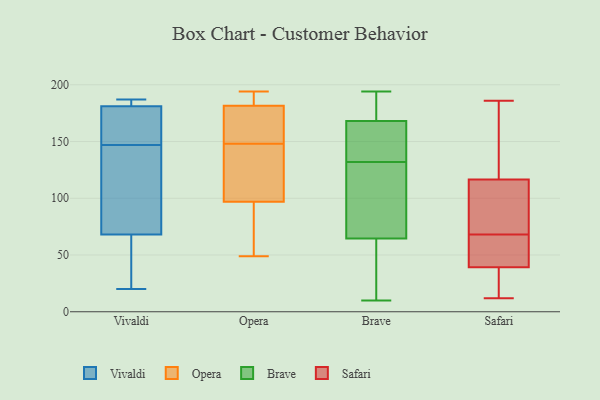
{"axis": {"x": "Bounce Rate (%)", "y": "Value"}, "legend": ["Brave", "Opera", "Safari", "Vivaldi"], "data": [{"x": "", "y": 165, "type": "Vivaldi"}, {"x": "", "y": 184, "type": "Vivaldi"}, {"x": "", "y": 64, "type": "Vivaldi"}, {"x": "", "y": 178, "type": "Vivaldi"}, {"x": "", "y": 48, "type": "Vivaldi"}, {"x": "", "y": 186, "type": "Vivaldi"}, {"x": "", "y": 155, "type": "Vivaldi"}, {"x": "", "y": 84, "type": "Vivaldi"}, {"x": "", "y": 187, "type": "Vivaldi"}, {"x": "", "y": 72, "type": "Vivaldi"}, {"x": "", "y": 20, "type": "Vivaldi"}, {"x": "", "y": 139, "type": "Vivaldi"}, {"x": "", "y": 55, "type": "Opera"}, {"x": "", "y": 161, "type": "Opera"}, {"x": "", "y": 174, "type": "Opera"}, {"x": "", "y": 194, "type": "Opera"}, {"x": "", "y": 166, "type": "Opera"}, {"x": "", "y": 49, "type": "Opera"}, {"x": "", "y": 108, "type": "Opera"}, {"x": "", "y": 129, "type": "Opera"}, {"x": "", "y": 135, "type": "Opera"}, {"x": "", "y": 86, "type": "Opera"}, {"x": "", "y": 170, "type": "Opera"}, {"x": "", "y": 63, "type": "Opera"}, {"x": "", "y": 189, "type": "Opera"}, {"x": "", "y": 189, "type": "Opera"}, {"x": "", "y": 120, "type": "Opera"}, {"x": "", "y": 191, "type": "Opera"}, {"x": "", "y": 168, "type": "Brave"}, {"x": "", "y": 64, "type": "Brave"}, {"x": "", "y": 91, "type": "Brave"}, {"x": "", "y": 66, "type": "Brave"}, {"x": "", "y": 54, "type": "Brave"}, {"x": "", "y": 142, "type": "Brave"}, {"x": "", "y": 132, "type": "Brave"}, {"x": "", "y": 98, "type": "Brave"}, {"x": "", "y": 10, "type": "Brave"}, {"x": "", "y": 190, "type": "Brave"}, {"x": "", "y": 44, "type": "Brave"}, {"x": "", "y": 139, "type": "Brave"}, {"x": "", "y": 194, "type": "Brave"}, {"x": "", "y": 21, "type": "Brave"}, {"x": "", "y": 162, "type": "Brave"}, {"x": "", "y": 173, "type": "Brave"}, {"x": "", "y": 106, "type": "Brave"}, {"x": "", "y": 168, "type": "Brave"}, {"x": "", "y": 188, "type": "Brave"}, {"x": "", "y": 68, "type": "Safari"}, {"x": "", "y": 55, "type": "Safari"}, {"x": "", "y": 178, "type": "Safari"}, {"x": "", "y": 41, "type": "Safari"}, {"x": "", "y": 63, "type": "Safari"}, {"x": "", "y": 12, "type": "Safari"}, {"x": "", "y": 107, "type": "Safari"}, {"x": "", "y": 145, "type": "Safari"}, {"x": "", "y": 186, "type": "Safari"}, {"x": "", "y": 24, "type": "Safari"}, {"x": "", "y": 68, "type": "Safari"}, {"x": "", "y": 64, "type": "Safari"}, {"x": "", "y": 15, "type": "Safari"}, {"x": "", "y": 34, "type": "Safari"}, {"x": "", "y": 82, "type": "Safari"}, {"x": "", "y": 75, "type": "Safari"}, {"x": "", "y": 150, "type": "Safari"}]}